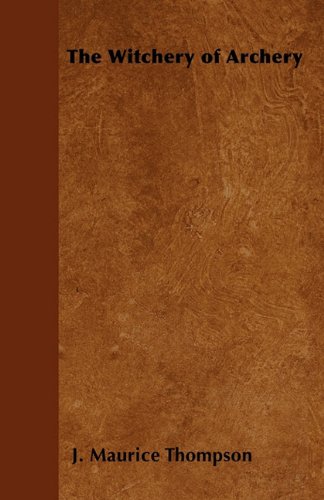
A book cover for The Witchery of Archery; J. Maurice Thompson; Sports & Outdoors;